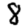
Digit: 8